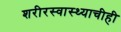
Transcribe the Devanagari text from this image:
शरीरस्वास्थ्याचीही